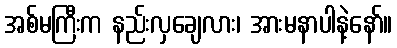
အစ်မကြီးက နည်းလှချေလား၊ အားမနာပါနဲ့နော်။